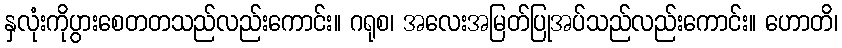
နှလုံးကိုပွားစေတတသည်လည်းကောင်း။ ဂရုစ၊ အလေးအမြတ်ပြုအပ်သည်လည်းကောင်း။ ဟောတိ၊